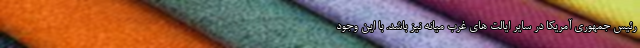
رئیس جمهوری آمریکا در سایر ایالت های غرب میانه نیز باشد. با این وجود